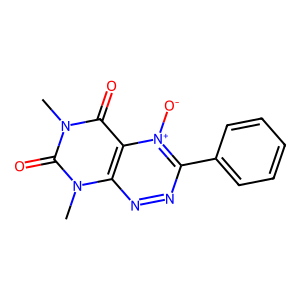
SMILES: Cn1c(=O)c2c(nnc(-c3ccccc3)[n+]2[O-])n(C)c1=O
Inhibits HIV replication: No